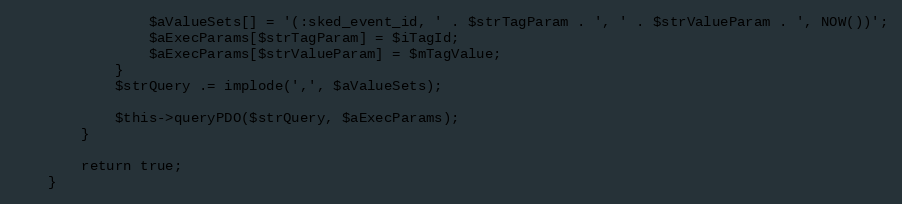
Language: PHP
                $aValueSets[] = '(:sked_event_id, ' . $strTagParam . ', ' . $strValueParam . ', NOW())';
                $aExecParams[$strTagParam] = $iTagId;
                $aExecParams[$strValueParam] = $mTagValue;
            }
            $strQuery .= implode(',', $aValueSets);

            $this->queryPDO($strQuery, $aExecParams);
        }

        return true;
    }